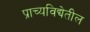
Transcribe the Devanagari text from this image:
प्राच्यविद्येतील